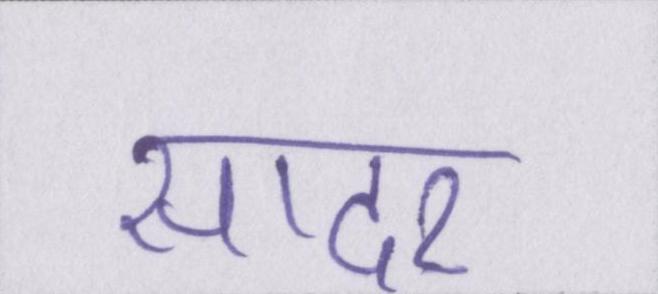
सादर